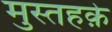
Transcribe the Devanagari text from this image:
मुस्तहके़